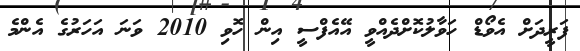
ފަރީދަށް އެވޯޑް ހަވާލުކޮށްދެއްވީ އޭއެފްސީ އިން ހޮވި 2010 ވަނަ އަހަރުގެ އެންމެ